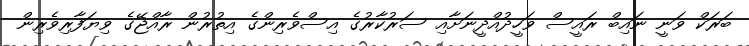
ބަރަކް ވަނީ ނައިބް ރައީސް ވަހީދުއްދީނަށާއި ސަރުކާރުގެ އިސްވެރިންގެ އިތުރުން ރާއްޖޭގެ ވިޔަފާރިވެރިން